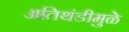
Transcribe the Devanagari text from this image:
अतिथंडीमुळे